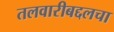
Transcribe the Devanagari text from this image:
तलवारीबद्दलचा